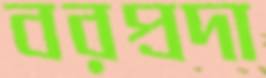
বরপ্রদা